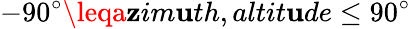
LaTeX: -90^{\circ}\leqa\mathbf{z}im\mathbf{u}th,altit\mathbf{u}de\leq90^{\circ}